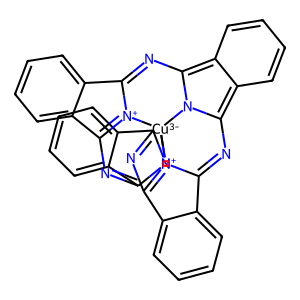
SMILES: c1ccc2c(c1)C1=Nc3c4ccccc4c4n3[Cu-3]35n6c(c7ccccc7c6=NC6=[N+]3C(=N4)c3ccccc36)=NC2=[N+]15
Inhibits HIV replication: No